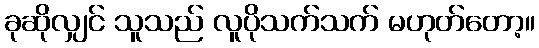
ခုဆိုလျှင် သူသည် လူပိုသက်သက် မဟုတ်တော့။